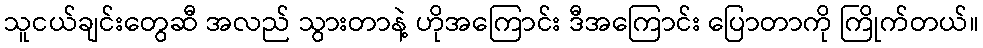
သူငယ်ချင်းတွေဆီ အလည် သွားတာနဲ့ ဟိုအကြောင်း ဒီအကြောင်း ပြောတာကို ကြိုက်တယ်။